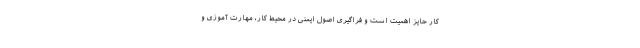
کار حایز اهمیت است و فراگیری اصول ایمنی در محیط کار، مهارت آموزی و